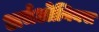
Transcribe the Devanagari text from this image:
अर्चओनिक्स